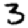
Digit: 3